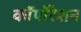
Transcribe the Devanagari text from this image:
काॅर्पोरेशन